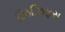
ઝિઝિફસ